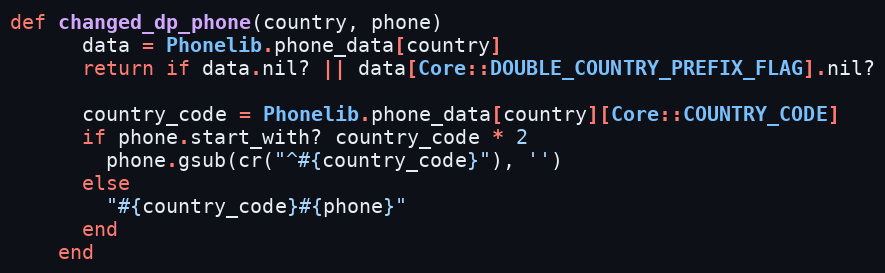
Language: Ruby
def changed_dp_phone(country, phone)
      data = Phonelib.phone_data[country]
      return if data.nil? || data[Core::DOUBLE_COUNTRY_PREFIX_FLAG].nil?

      country_code = Phonelib.phone_data[country][Core::COUNTRY_CODE]
      if phone.start_with? country_code * 2
        phone.gsub(cr("^#{country_code}"), '')
      else
        "#{country_code}#{phone}"
      end
    end